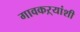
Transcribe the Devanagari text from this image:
गावकऱ्यांशी